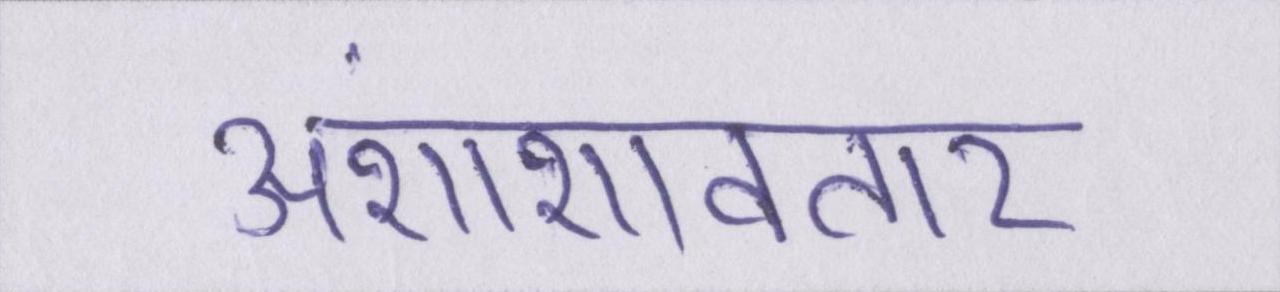
अंशांशावतार